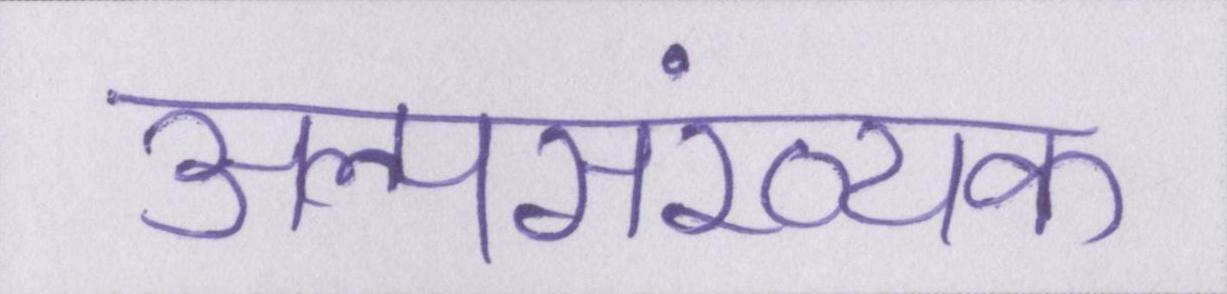
अल्पसंख्यक